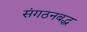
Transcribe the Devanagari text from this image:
संगठनबद्ध